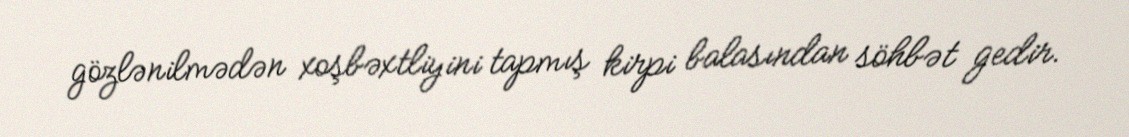
gözlənilmədən xoşbəxtliyini tapmış kirpi balasından söhbət gedir.